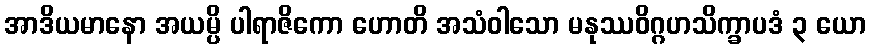
အာဒိယမာနော အယမ္ပိ ပါရာဇိကော ဟောတိ အသံဝါသော မနုဿဝိဂ္ဂဟသိက္ခာပဒံ ၃ ယော